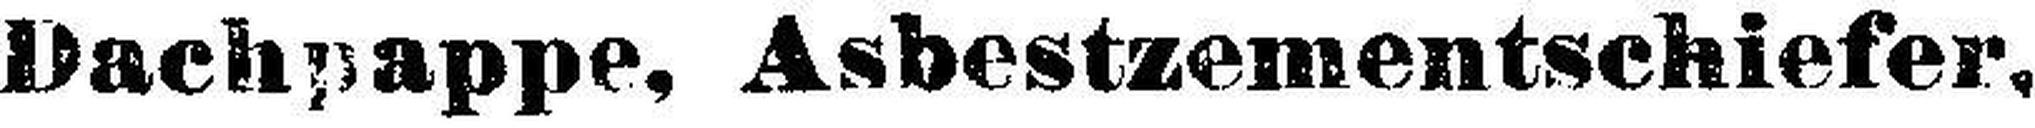
Dachpappe, Asbestzementschiefer.